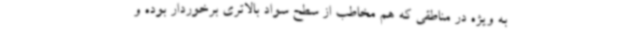
به ویژه در مناطقی که هم مخاطب از سطح سواد بالاتری برخوردار بوده و